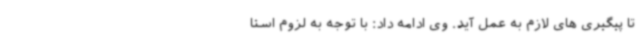
تا پیگیری های لازم به عمل آید. وی ادامه داد: با توجه به لزوم استا